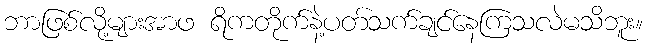
ဘာဖြစ်လို့များအာဖ ရိကတိုက်နဲ့ပတ်သက်ချင်နေကြသလဲမသိဘူး။